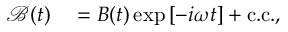
\begin{array} { r l } { \mathcal { B } ( t ) } & { { } = B ( t ) \exp { \left[ - i \omega t \right] } + \mathrm { c . c . } , } \end{array}